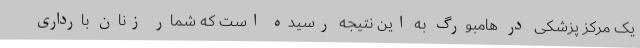
یک مرکز پزشکی در هامبورگ به این نتیجه رسیده است که شمار زنان بارداری